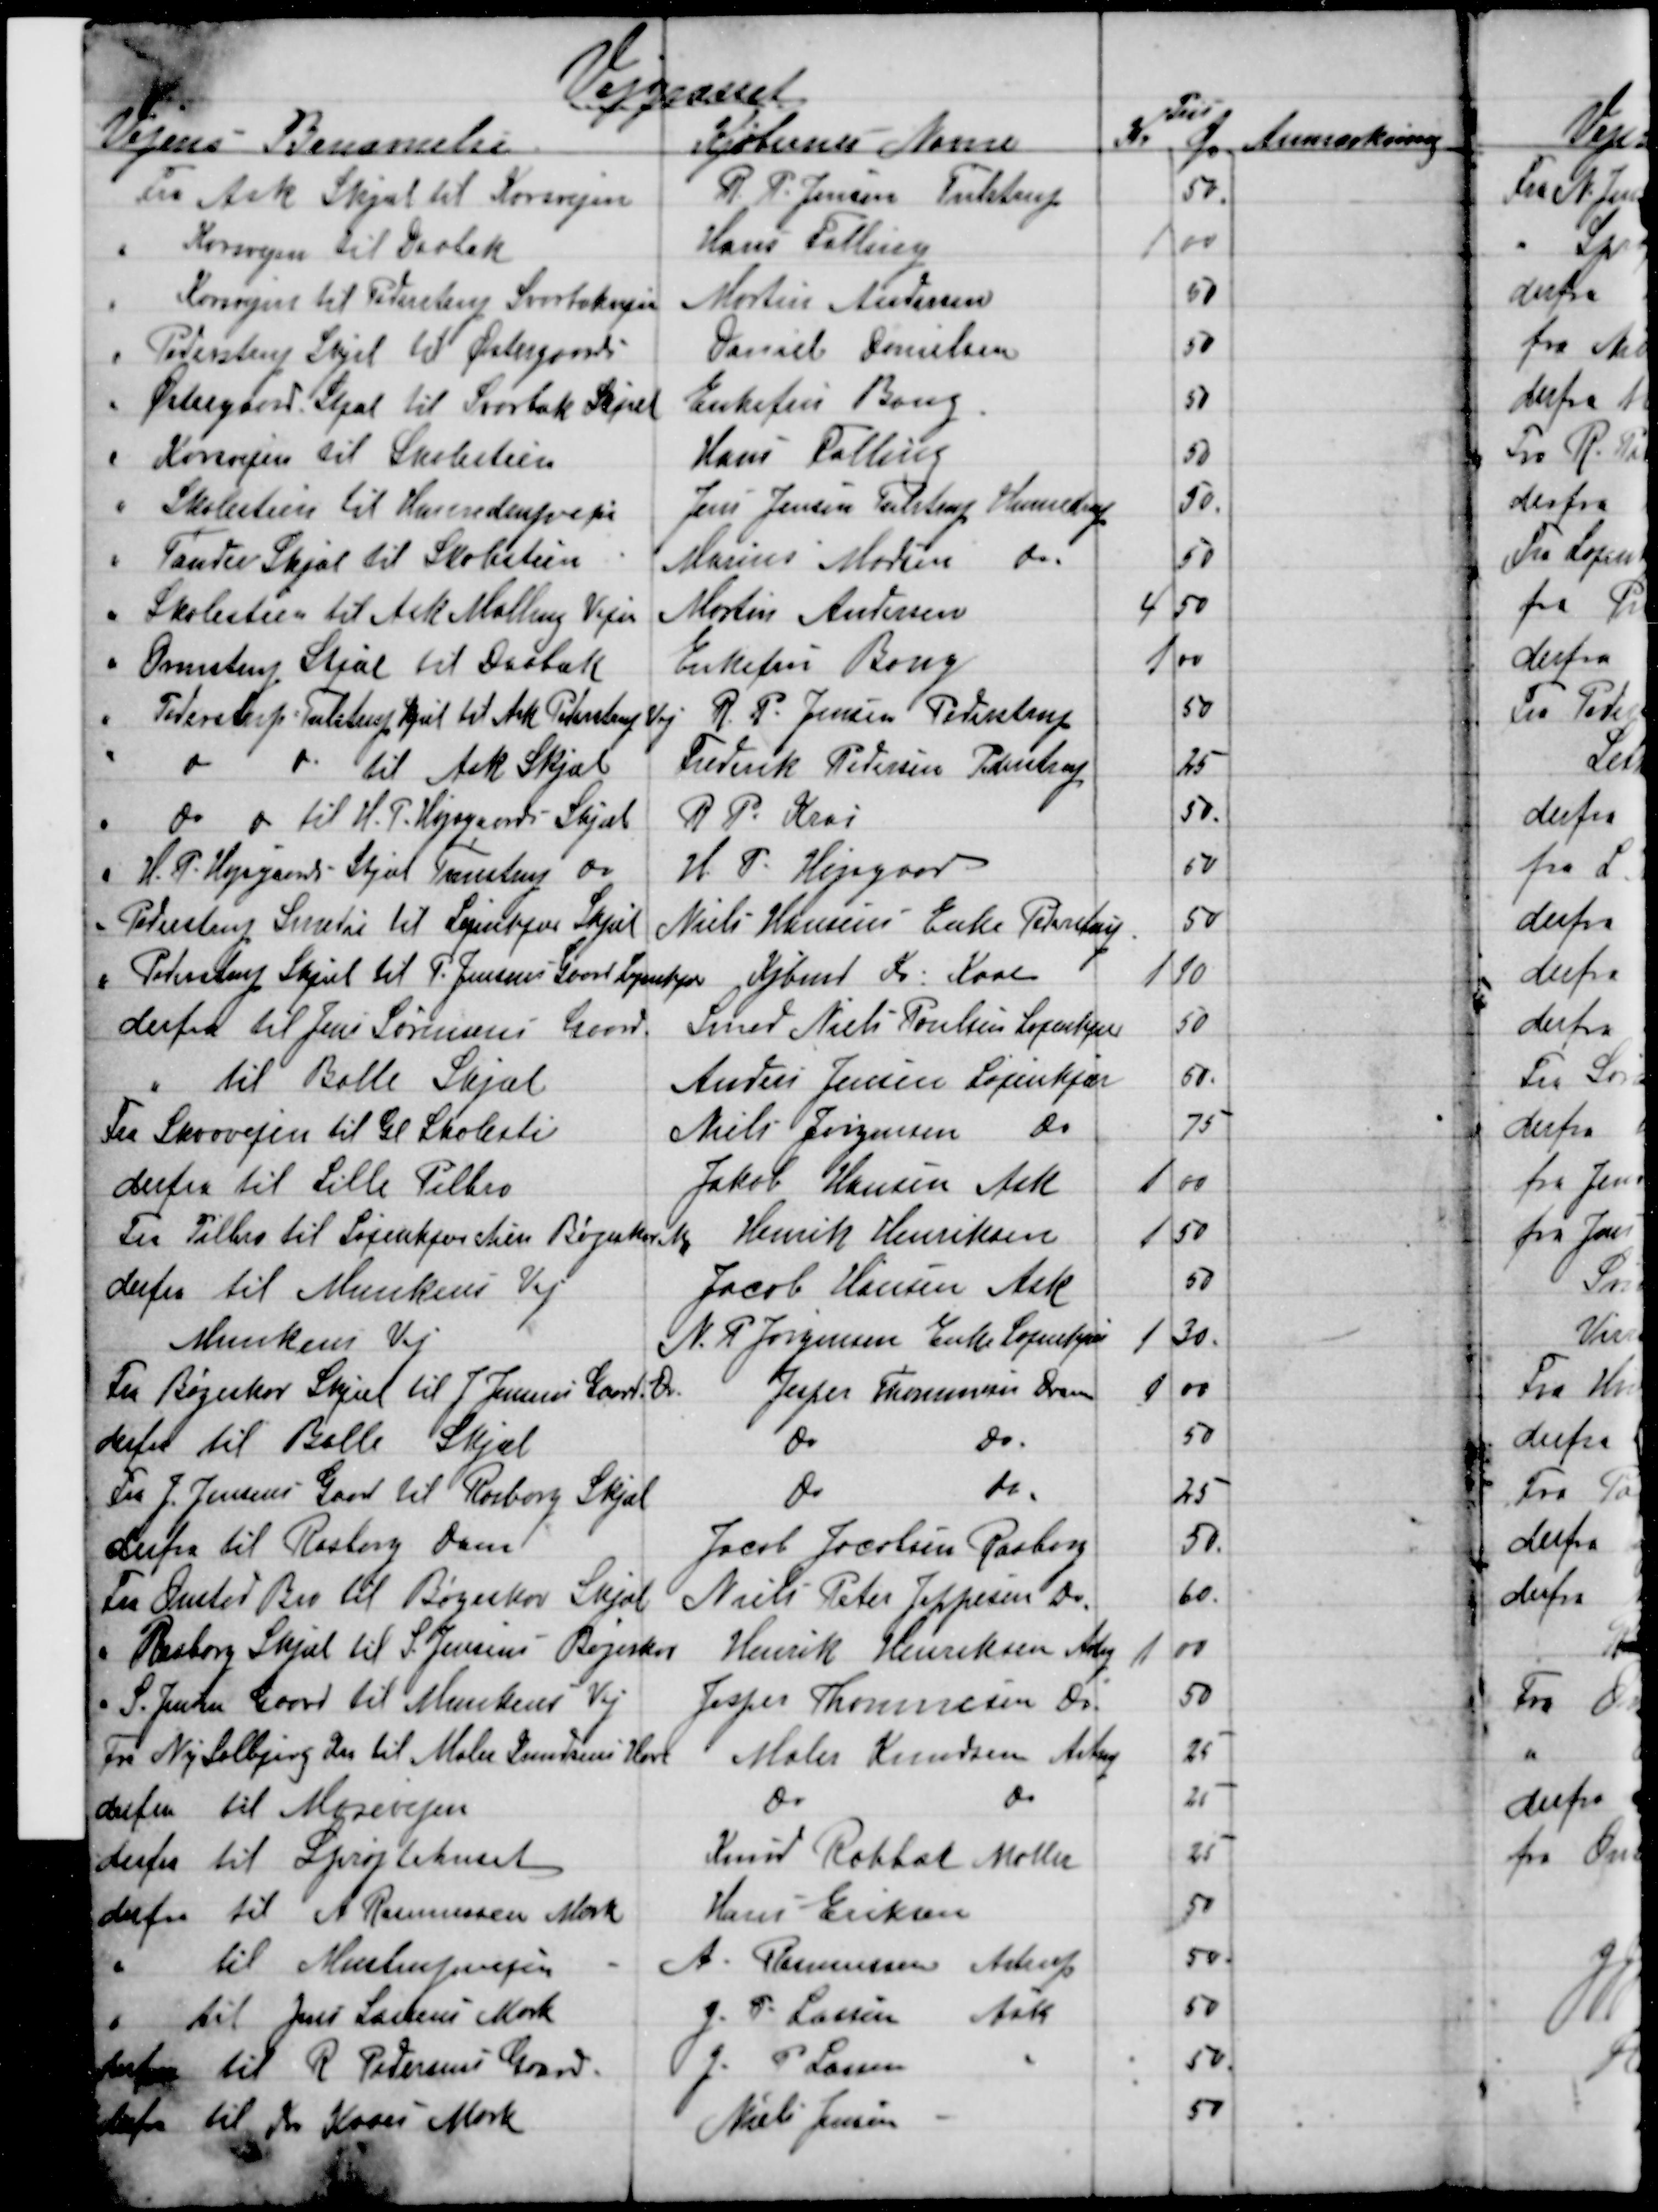
Transskription:
Vejgræsset
Pris
Vejens Benævnelse
Kjøbernes Navne
Kr
Øre
Anmærkning
Fra Ask Skjæl til Korsvejen
R. P. Jensen Tulstrup
50
Korsvejen til Daabak
Hans Falling
1
00
Korsvejen til Pederstup Svorbækvejen
Martin Andersen
50
Pederstrup Skjel til Østergaard
Daniel Danielsen
50
Østergaard Skjæl til Svorbæk Skjæl
Enkefru Bang.
50
Korsvejen til Skolestien
Hans Falling
50
Skolestien til Hinnedrupvejen
Jens Jensen Tulstrup Hinnedrup
50.
Tander Skjæl til Skolestien
Marius Madsen 
do
50
Skolestien til Ask Malling Vejen
Martin Andersen
4
50
Ormstrup Skjæl til Daabak
Enkefru Bang
1 00
Pederstrup Tulstrup Skjæl til Ask Pederstrup Vej
R. P. Jensen Pederstrup
50
do
do 
til Ask Skjæl
Frederik Pedersen Pederstrup
25
do 
do til H. P. Højsgaards Skjæl
R P. Krai
50.
H. P. Højsgaards Skjæl Tvenstrup do
H. P. Højsgaard
50
Pederstrup Smedie til Løjenkjær Skjæl
Niels Hansens Enke Pederstrup
50
Pederstrup Skjæl til P. Jensens Gaard Løjenkjær 
Kjbmd Kr. Kaae
1
10
derfra til Jens Sørensens Gaard.
Smed Niels Poulsen Løjenkjær
50
til Balle Skjæl
Anders Jensen Løjenkjær
50.
Fra Skovvejen til Gl Skolesti
Niels Jørgensen 
do
75
derfra til Lille Pilbro
Jakob Hansen Ask
1
00
Fra Pilbro til Løjenkjærstien Bøgeskov Mk
Henrik Henriksen
1
50
derfra til Munkens Vej
Jacob Hansen Ask
50
Munkens Vej
N. P Jørgensen Enke Løjenkjær
1
30
Fra Bøgeskov Skjæl til J Jensens Gaard. Do 
Jesper Thommesen Dram.
1
00
derfra til Balle Skjæl
do
do
50
Fra J. Jensens Gaard til Rasborg Skjæl
do
do
25
derfra til Rasborg Dam
Jacob Jacobsen Rasborg
50.
Fra Onsted Bro til Bøgeskov Skjæl
Niels Peter Jeppesen do
60
Rasborg Skjæl til S. Jensens Bøgeskov
Henrik Henriksen Astrup
1
00
S. Jensen Gaard til Munkens Vej
Jesper Thommesen do
50
Fra Ny Solbjerg Vei til Maler Knudsens Have
Maler Knudsen Astrup
25
derfra til Mosevejen
do
do
25
derfra til Sprøjtehuset
Knud Rahbæk Møller
25
derfra til A Rasmussen Mark
Hans Eriksen
50
til Mustrupvejen
A. Rasmussen Astrup
50
til Jens Larsens Mark
J. P. Lassen Ask
50
derfra til R Pedersens Gaard.
J. P. Lassen
50
derfra til Kr. Kaaes Mark
Niels Jensen
50